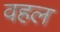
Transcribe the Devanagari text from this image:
वहल